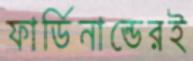
ফার্ডিনান্ডেরই